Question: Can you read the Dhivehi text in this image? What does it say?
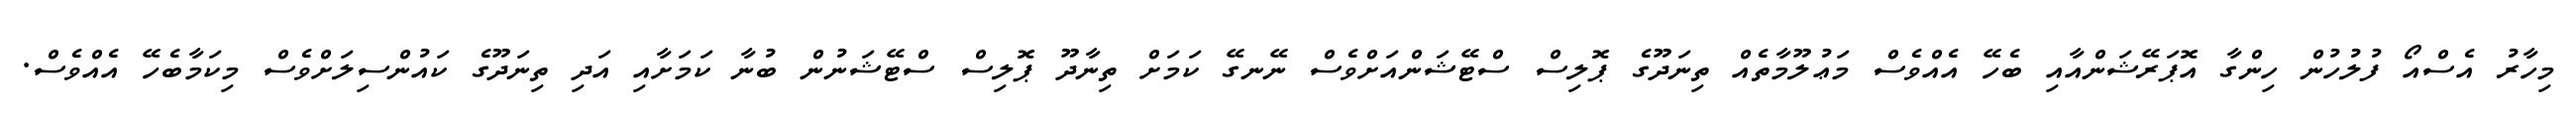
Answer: މިހާރު އެސްއޯ ފުލުހުން ހިންގާ އޮޕަރޭޝަންއާއި ބެހޭ އެއްވެސް މަޢުލޫމާތެއް ތިނަދޫގެ ޕޮލިސް ސްޓޭޝަންއަށްވެސް ނޭނގޭ ކަމަށް ތިނާދޫ ޕޮލިސް ސްޓޭޝަނުން ބުނާ ކަމަށާއި އަދި ތިނަދޫގެ ކައުންސިލަށްވެސް މިކަމާބެހޭ އެއްވެސް.